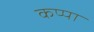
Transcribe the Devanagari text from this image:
कप्‍पा